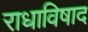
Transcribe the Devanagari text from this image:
राधाविषाद